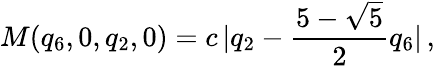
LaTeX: M({q_{6},0,q_{2},0})=c\, |q_{2}-\frac{5-\sqrt{5}}{2}q_{6}|\, ,